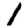
Digit: 1